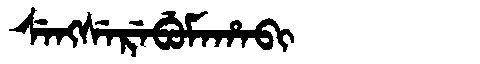
Manchu: ᠰᡝᠩᠰᡝᡵᡝᠪᡠᠮᠠᡥᠠᠪᡳ
Romanization: SENGSEREBUMAHABI